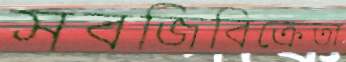
সবজিবিক্রেতা